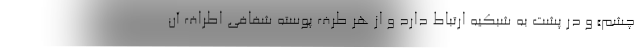
چشم» و در پشت به شبکیه ارتباط دارد و از هر طرف پوسته شفافی اطراف آن